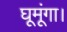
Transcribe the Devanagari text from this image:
घूमूंगा।